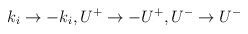
LaTeX: \begin{align*}k_i \to -k_i, U^+ \to - U^+, U^- \to U^-\end{align*}